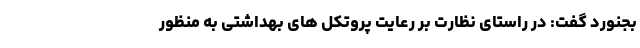
بجنورد گفت: در راستای نظارت بر رعایت پروتکل های بهداشتی به منظور